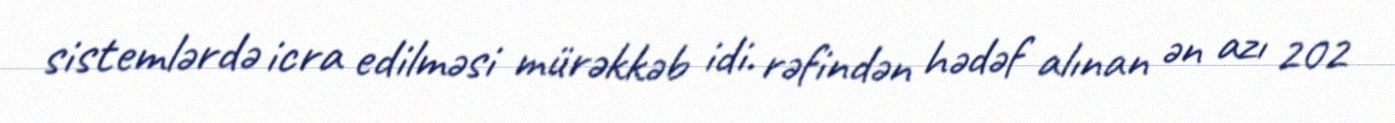
sistemlərdə icra edilməsi mürəkkəb idi. rəfindən hədəf alınan ən azı 202